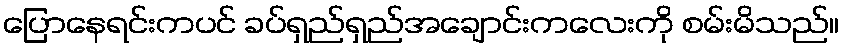
ပြောနေရင်းကပင် ခပ်ရှည်ရှည်အချောင်းကလေးကို စမ်းမိသည်။